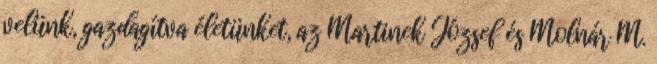
velünk, gazdagítva életünket, az Martinek József és Molnár M.